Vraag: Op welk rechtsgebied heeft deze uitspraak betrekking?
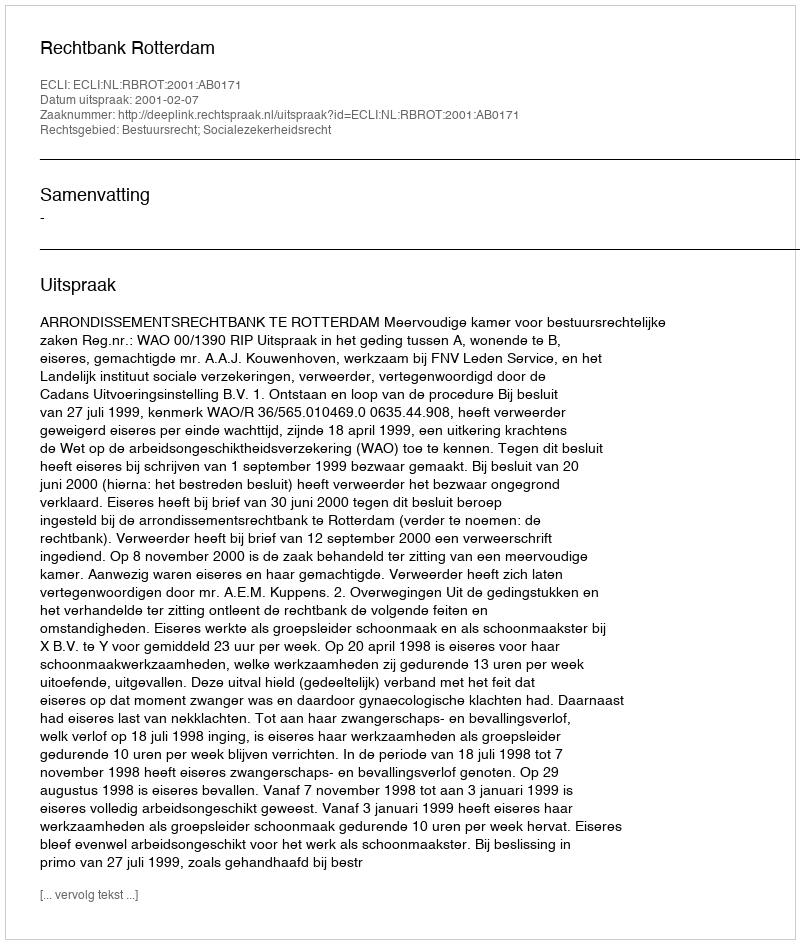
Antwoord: Bestuursrecht; Socialezekerheidsrecht